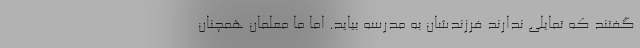
گفتند که تمایلی ندارند فرزندشان به مدرسه بیاید. اما ما معلمان همچنان